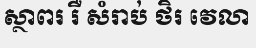
ស្ថាពរ រឺ សំរាប់ ថិរ វេលា